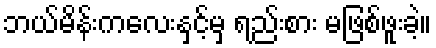
ဘယ်မိန်းကလေးနှင့်မှ ရည်းစား မဖြစ်ဖူးခဲ့။